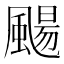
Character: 颺